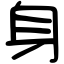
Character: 身